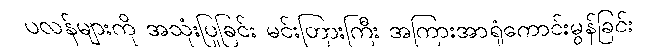
ပလန်များကို အသုံးပြုခြင်း မင်းတြားကြီး အကြားအာရုံကောင်းမွန်ခြင်း